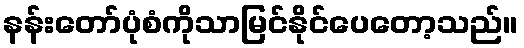
နန်းတော်ပုံစံကိုသာမြင်နိုင်ပေတော့သည်။